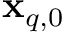
\mathbf { x } _ { q , 0 }